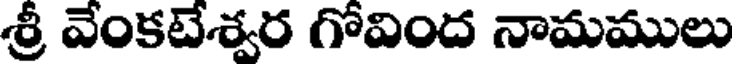
శ్రీ వేంకటేశ్వర గోవింద నామములు